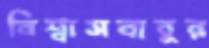
বিশ্বাসবাবুর